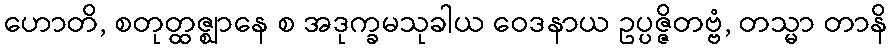
ဟောတိ, စတုတ္ထဇ္ဈာနေ စ အဒုက္ခမသုခါယ ဝေဒနာယ ဥပ္ပဇ္ဇိတဗ္ဗံ, တသ္မာ တာနိ